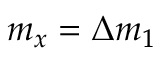
m _ { x } = \Delta m _ { 1 }